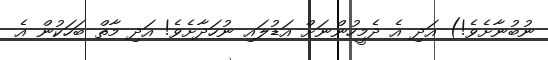
ނުބުނާށެވެ!) އަދި އެ ދެމީހުންނަށް އަޑުލައި ނުހަދާށެވެ! އަދި މާތް ބަހަކުން އެ